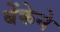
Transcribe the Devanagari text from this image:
बेंकेने